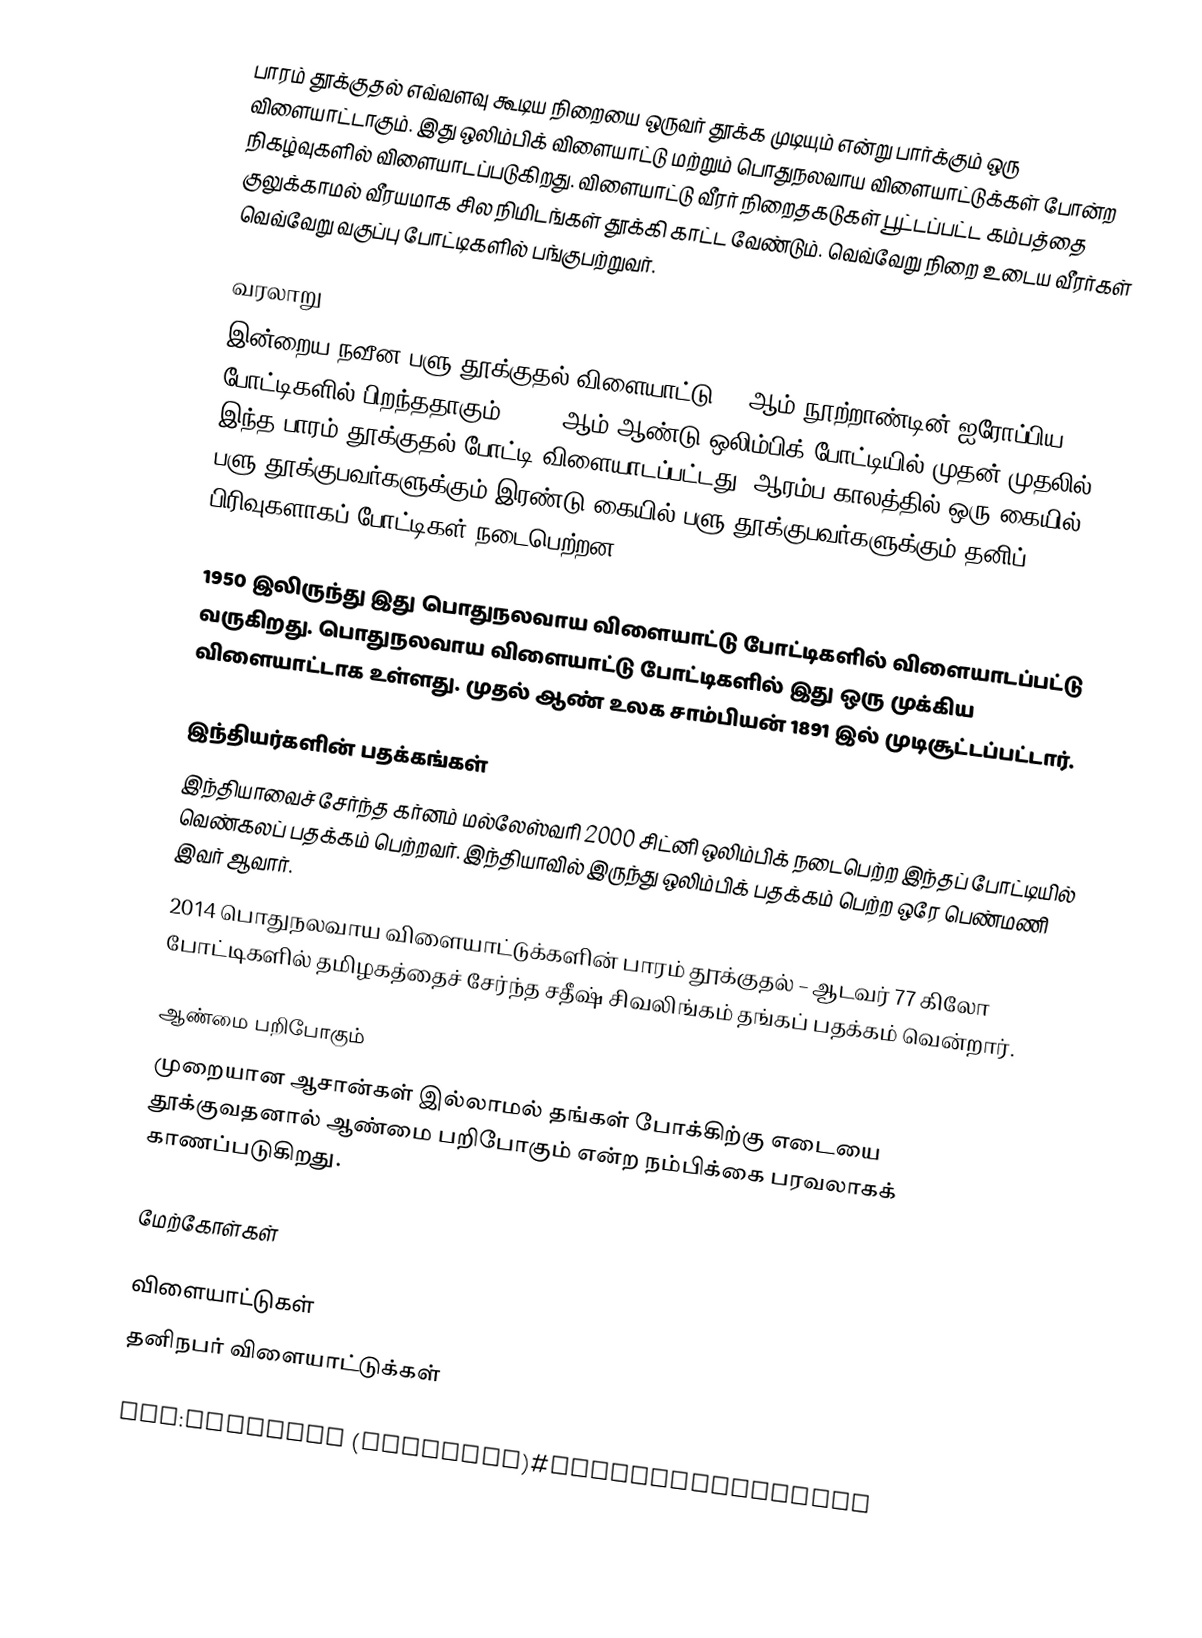
பாரம் தூக்குதல் எவ்வளவு கூடிய நிறையை ஒருவர் தூக்க முடியும் என்று பார்க்கும் ஒரு விளையாட்டாகும். இது ஒலிம்பிக் விளையாட்டு மற்றும் பொதுநலவாய விளையாட்டுக்கள் போன்ற நிகழ்வுகளில் விளையாடப்படுகிறது. விளையாட்டு வீரர் நிறைதகடுகள் பூட்டப்பட்ட கம்பத்தை குலுக்காமல் வீரயமாக சில நிமிடங்கள் தூக்கி காட்ட வேண்டும்.  வெவ்வேறு நிறை உடைய வீரர்கள் வெவ்வேறு வகுப்பு போட்டிகளில் பங்குபற்றுவர்.

வரலாறு
இன்றைய நவீன பளு தூக்குதல் விளையாட்டு 19 ஆம் நூற்றாண்டின் ஐரோப்பிய போட்டிகளில் பிறந்ததாகும். 1896 ஆம் ஆண்டு ஒலிம்பிக் போட்டியில் முதன் முதலில் இந்த பாரம் தூக்குதல் போட்டி விளையாடப்பட்டது. ஆரம்ப காலத்தில் ஒரு கையில் பளு தூக்குபவர்களுக்கும் இரண்டு கையில் பளு தூக்குபவர்களுக்கும் தனிப் பிரிவுகளாகப் போட்டிகள் நடைபெற்றன.

1950 இலிருந்து இது பொதுநலவாய விளையாட்டு போட்டிகளில் விளையாடப்பட்டு வருகிறது. பொதுநலவாய விளையாட்டு போட்டிகளில் இது ஒரு முக்கிய விளையாட்டாக உள்ளது. முதல் ஆண் உலக சாம்பியன் 1891 இல் முடிசூட்டப்பட்டார்.

இந்தியர்களின் பதக்கங்கள்
 இந்தியாவைச் சேர்ந்த கர்னம் மல்லேஸ்வரி 2000 சிட்னி ஒலிம்பிக் நடைபெற்ற இந்தப் போட்டியில் வெண்கலப் பதக்கம் பெற்றவர். இந்தியாவில் இருந்து ஒலிம்பிக் பதக்கம் பெற்ற ஒரே பெண்மணி இவர் ஆவார்.
 2014 பொதுநலவாய விளையாட்டுக்களின் பாரம் தூக்குதல் – ஆடவர் 77 கிலோ போட்டிகளில் தமிழகத்தைச் சேர்ந்த சதீஷ் சிவலிங்கம் தங்கப் பதக்கம் வென்றார்.

ஆண்மை பறிபோகும்
முறையான ஆசான்கள் இல்லாமல் தங்கள் போக்கிற்கு எடையை தூக்குவதனால் ஆண்மை பறிபோகும் என்ற நம்பிக்கை பரவலாகக் காணப்படுகிறது.

மேற்கோள்கள்

விளையாட்டுகள்
தனிநபர் விளையாட்டுக்கள்

ang:Ȝearƿung (indryhtu)#Strengþuȝearƿung